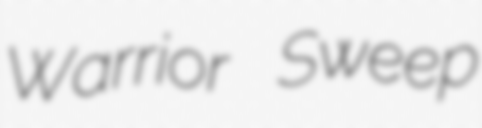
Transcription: Warrior Sweep